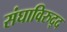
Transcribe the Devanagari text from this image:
संघाविरुद्द